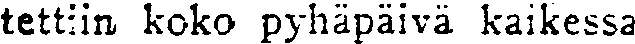
tettiin koko pyhäpäivä kaikessa